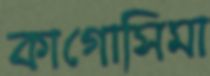
কাগোসিমা